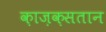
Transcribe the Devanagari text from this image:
क़ाज़क़सतान